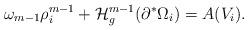
LaTeX: \begin{align*}\omega_{m-1} \rho_i^{m-1} + \mathcal{H}^{m-1}_g (\partial^* \Omega_i) = A (V_i).\end{align*}